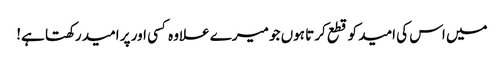
میں اس کی امید کو قطع کرتا ہوں جو میرے علاوہ کسی اور پر امید رکھتا ہے!